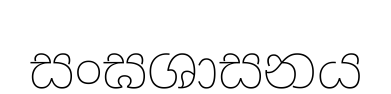
සංඝශාසනය